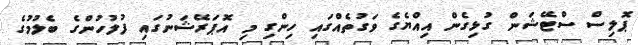
ޕޮލިސް ސްޓޭޝަން ގުޅިގެން އިއްޔެގެ ވަގުތެއްގައި ހިންގި މި އޮޕަރޭޝަނުގައި ފުލުހުންގެ ބެލުމުގެ